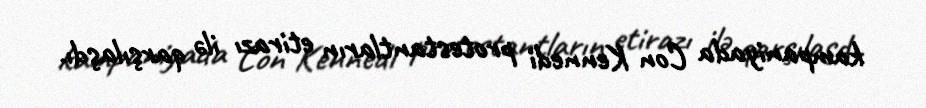
kampaniyada Con Kennedi protestantların etirazı ilə qarşılaşdı.